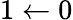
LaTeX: {1\leftarrow 0}